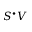
S ^ { \bullet } V